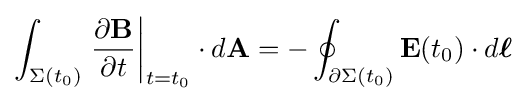
\int _{\Sigma (t_{0})}\left.{\frac {\partial \mathbf {B} }{\partial t}}\right|_{t=t_{0}}\cdot d\mathbf {A} =-\oint _{\partial \Sigma (t_{0})}\mathbf {E} (t_{0})\cdot d{\boldsymbol {\ell }}